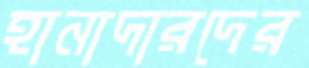
হানাদারদের